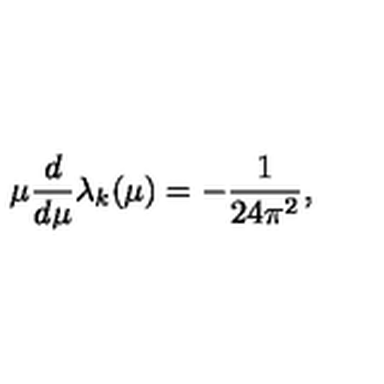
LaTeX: \mu { \frac { d } { d \mu } } \lambda _ { k } ( \mu ) = - { \frac { 1 } { 2 4 \pi ^ { 2 } } } ,